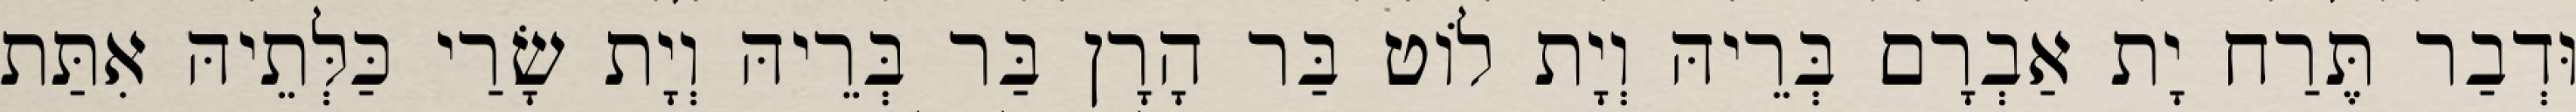
וּדְבַר תֶּרַח יָת אַבְרָם בְּרֵיהּ וְיָת לוֹט בַּר הָרָן בַּר בְּרֵיהּ וְיָת שָׂרַי כַּלְּתֵיהּ אִתַּת